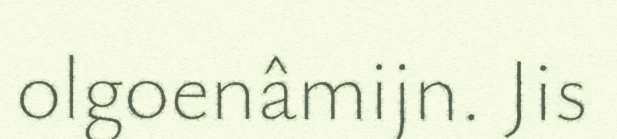
olgoenâmijn. Jis